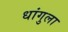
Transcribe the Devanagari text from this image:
धांगुला